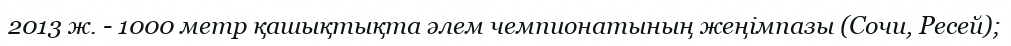
2013 ж. - 1000 метр қашықтықта әлем чемпионатының жеңімпазы (Сочи, Ресей);